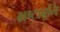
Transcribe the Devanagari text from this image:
भ्रष्टावूनि